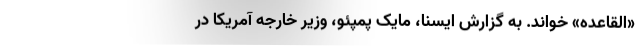
«القاعده» خواند. به گزارش ایسنا، مایک پمپئو، وزیر خارجه آمریکا در